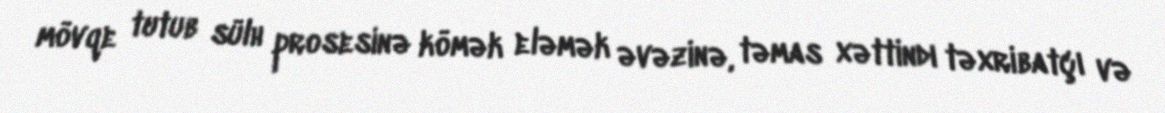
mövqe tutub sülh prosesinə kömək eləmək əvəzinə, təmas xəttindı təxribatçı və